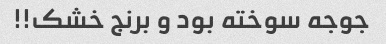
جوجه سوخته بود و برنج خشک!!